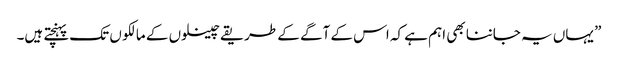
” یہاں یہ جاننا بھی اہم ہے کہ اس کے آگے کے طریقے چینلوں کے مالکو ں تک پہنچتے ہیں۔